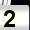
Digit: 2